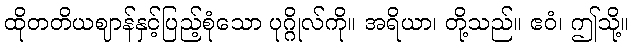
ထိုတတိယဈာန်နှင့်ပြည့်စုံသော ပုဂ္ဂိုလ်ကို။ အရိယာ၊ တို့သည်။ ဧဝံ၊ ဤသို့။